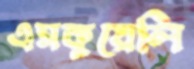
এসকুয়েলি